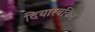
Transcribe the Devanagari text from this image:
दियारबकिर